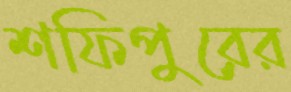
শফিপুরের